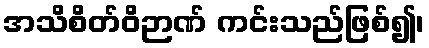
အသိစိတ်ဝိဉာဏ် ကင်းသည်ဖြစ်၍၊